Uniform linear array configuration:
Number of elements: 24
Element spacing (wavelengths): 1
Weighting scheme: cosine
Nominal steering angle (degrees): -45
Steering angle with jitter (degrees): -45.193
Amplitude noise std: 0.05
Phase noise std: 0.05

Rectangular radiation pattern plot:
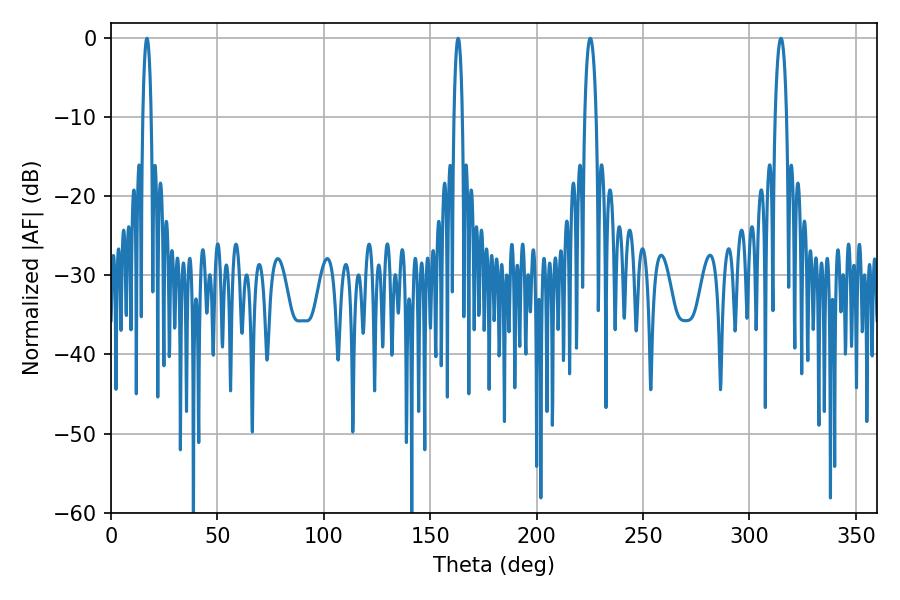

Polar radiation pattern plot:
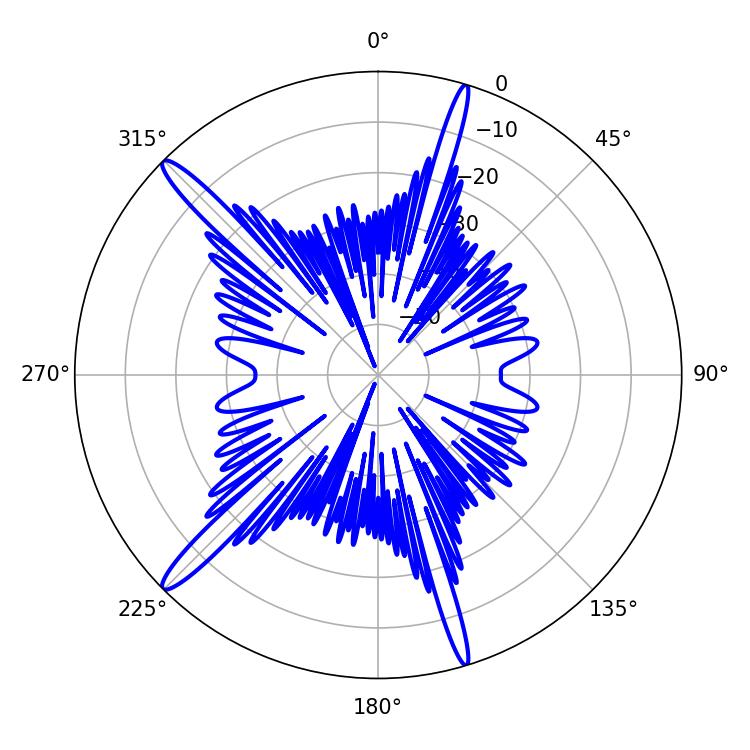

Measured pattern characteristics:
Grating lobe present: TRUE
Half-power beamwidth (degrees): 3.06
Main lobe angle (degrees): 225.18